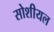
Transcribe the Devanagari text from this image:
सोशीयल